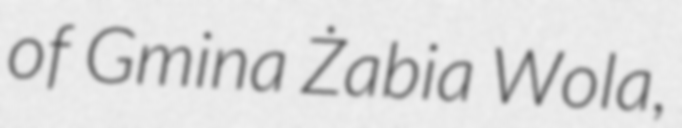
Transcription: of Gmina Żabia Wola,